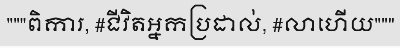
"""ពិការ, #ជីវិតអ្នកប្រដាល់, #លាហើយ"""